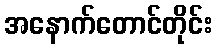
အနောက်တောင်တိုင်း